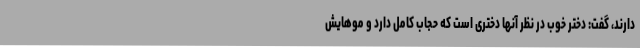
دارند، گفت: دختر خوب در نظر آنها دختری است که حجاب کامل دارد و موهایش